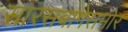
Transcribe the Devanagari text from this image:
सारसबागेसमोर